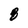
Character: 8